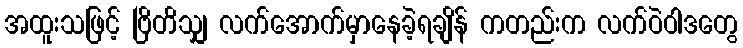
အထူးသဖြင့် ဗြိတိသျှ လက်အောက်မှာနေခဲ့ရချိန် ကတည်းက လက်ဝဲဝါဒတွေ